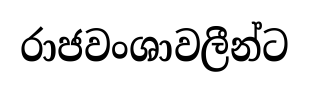
රාජවංශාවලීන්ට